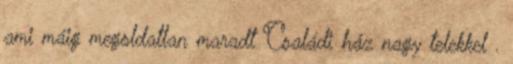
ami máig megoldatlan maradt Családi ház nagy telekkel .